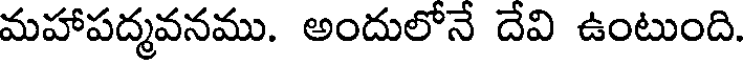
మహాపద్మవనము. అందులోనే దేవి ఉంటుంది.